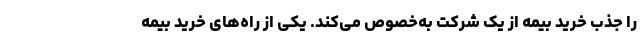
را جذب خرید بیمه از یک شرکت به‌خصوص می‌کند. یکی از راه‌های خرید بیمه